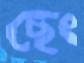
ছেং